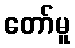
တော်မူ